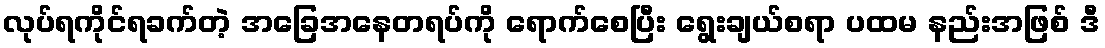
လုပ်ရကိုင်ရခက်တဲ့ အခြေအနေတရပ်ကို ရောက်စေပြီး ရွေးချယ်စရာ ပထမ နည်းအဖြစ် ဒီ